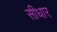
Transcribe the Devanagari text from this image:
सीधार